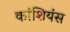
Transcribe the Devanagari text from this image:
कांशियंस